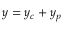
y = y _ { c } + y _ { p }